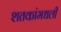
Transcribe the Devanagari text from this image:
शतकांमधली